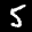
Label: 5